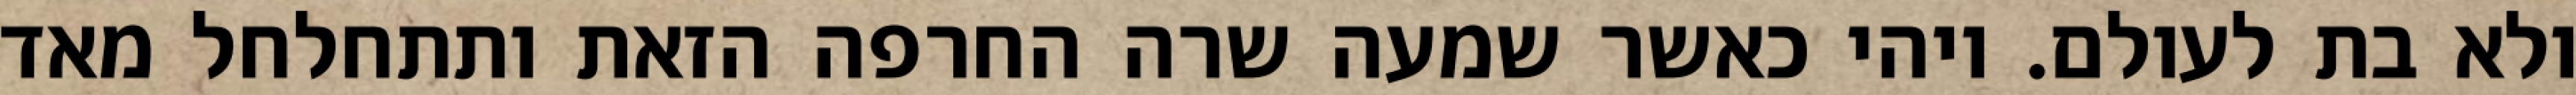
ולא בת לעולם. ויהי כאשר שמעה שרה החרפה הזאת ותתחלחל מאד